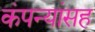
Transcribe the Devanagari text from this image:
कंपन्यांसह